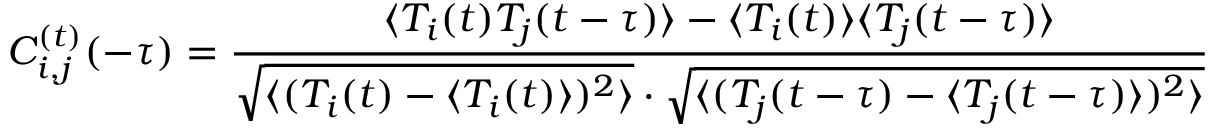
C _ { i , j } ^ { ( t ) } ( - \tau ) = \frac { \langle T _ { i } ( t ) T _ { j } ( t - \tau ) \rangle - \langle T _ { i } ( t ) \rangle \langle T _ { j } ( t - \tau ) \rangle } { \sqrt { \langle ( T _ { i } ( t ) - \langle T _ { i } ( t ) \rangle ) ^ { 2 } \rangle } \cdot \sqrt { \langle ( T _ { j } ( t - \tau ) - \langle T _ { j } ( t - \tau ) \rangle ) ^ { 2 } \rangle } }